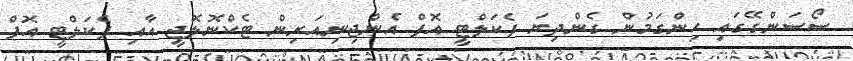
ސޯސަންގޭގައި ހިންގަމުން ގެންދިޔަ ފެކަލްޓީ އޮފް އެންޖިނިއަރިން ޓެކްނޮލޮޖީ އާއި ފެކަލްޓީ އޮފް